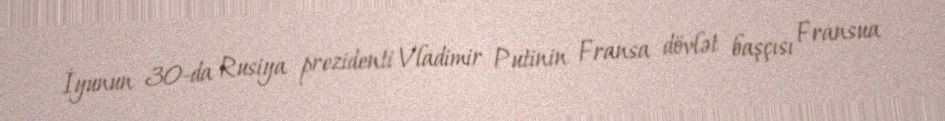
İyunun 30-da Rusiya prezidenti Vladimir Putinin Fransa dövlət başçısı Fransua